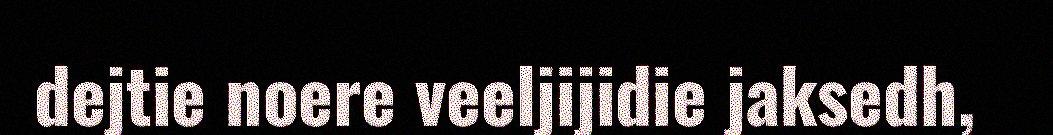
dejtie noere veeljijidie jaksedh,